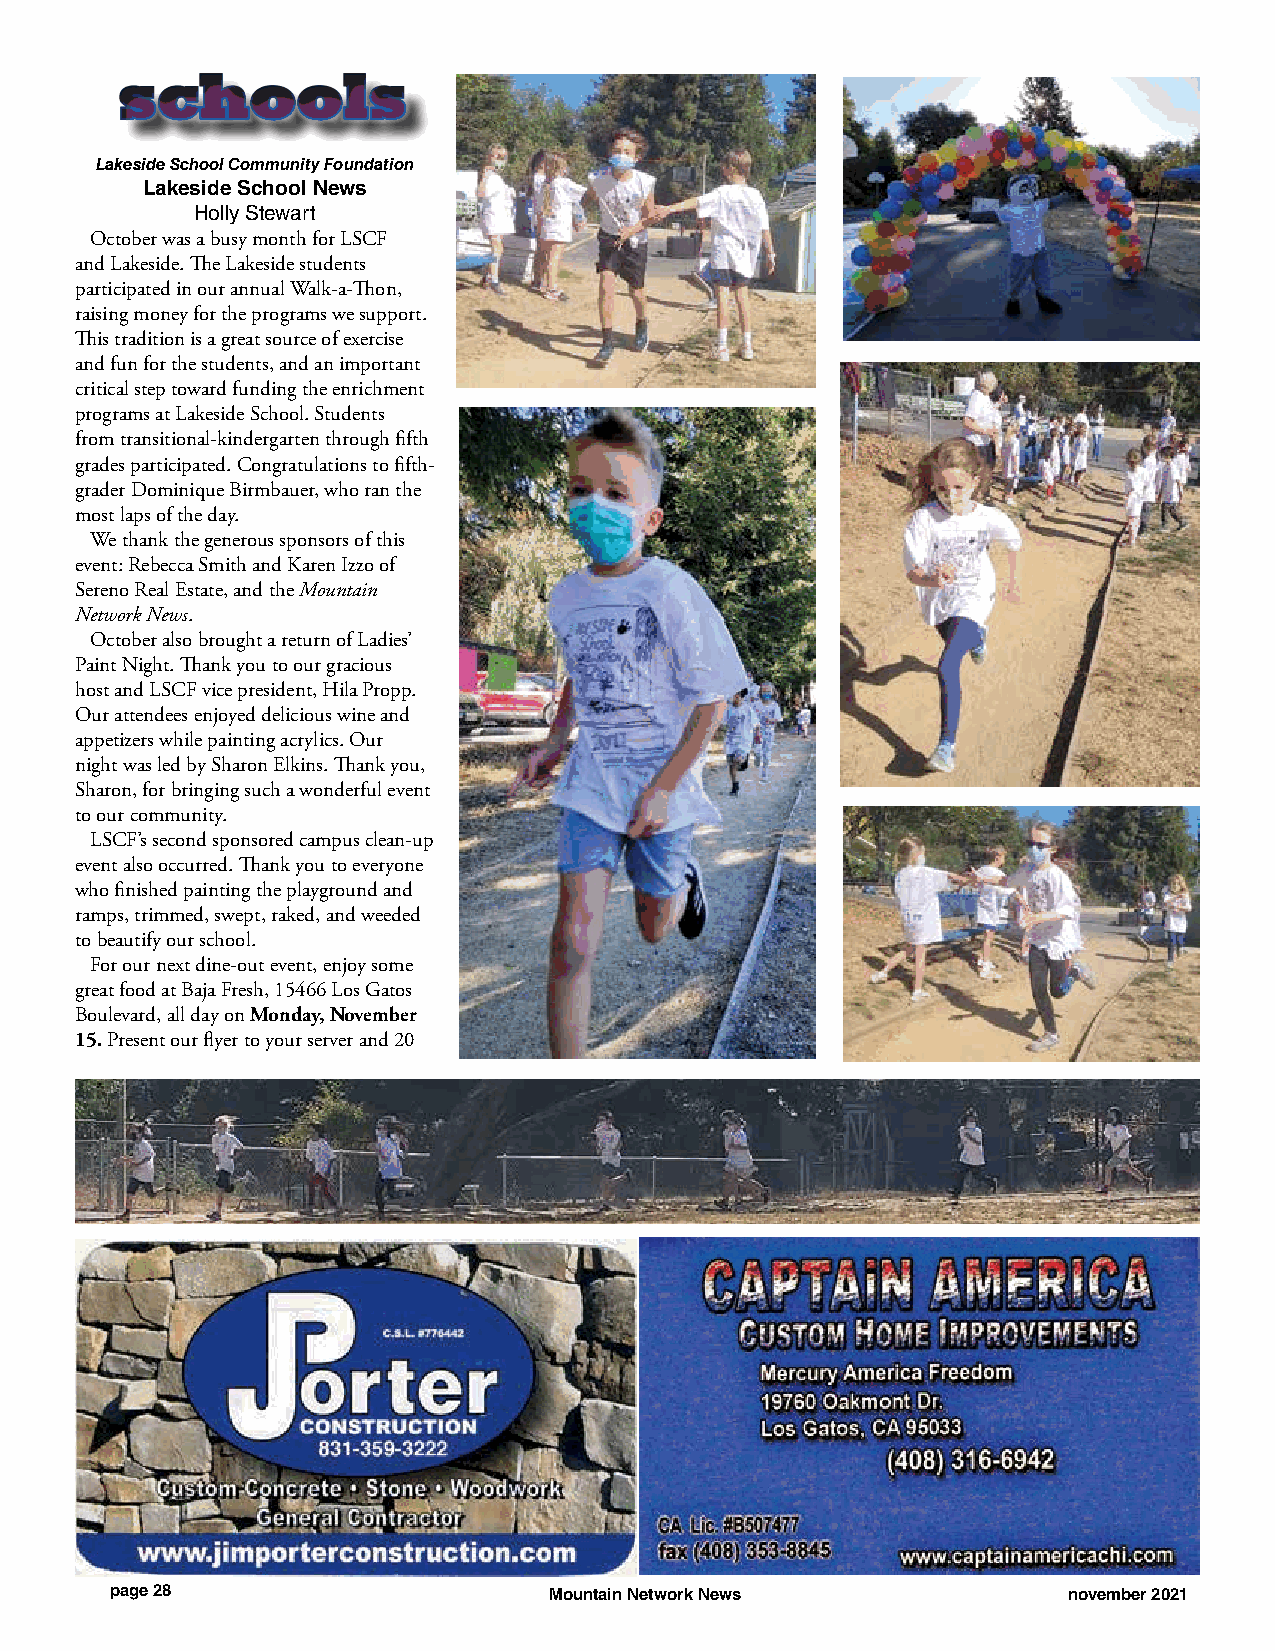
sscchhoooollss
 Lakeside School Community Foundation
 Lakeside School News
 Holly Stewart
 October was a busy month for LSCF
 and Lakeside. The Lakeside students
 participated in our annual Walk-a-Thon,
 raising money for the programs we support.
 This tradition is a great source of exercise
 and fun for the students, and an important
 critical step toward funding the enrichment
 programs at Lakeside School. Students
 from transitional-kindergarten through fifth
 grades participated. Congratulations to fifth-
 grader Dominique Birmbauer, who ran the
 most laps of the day.
 We thank the generous sponsors of this
 event: Rebecca Smith and Karen Izzo of
 Sereno Real Estate, and the Mountain
 Network News.
 October also brought a return of Ladies’
 Paint Night. Thank you to our gracious
 host and LSCF vice president, Hila Propp.
 Our attendees enjoyed delicious wine and
 appetizers while painting acrylics. Our
 night was led by Sharon Elkins. Thank you,
 Sharon, for bringing such a wonderful event
 to our community.
 LSCF’s second sponsored campus clean-up
 event also occurred. Thank you to everyone
 who finished painting the playground and
 ramps, trimmed, swept, raked, and weeded
 to beautify our school.
 For our next dine-out event, enjoy some
 great food at Baja Fresh, 15466 Los Gatos
 Boulevard, all day on Monday, November
 15. Present our flyer to your server and 20
 page 28                      Mountain Network News              november 2021